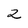
Character: 2